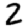
Digit: 2